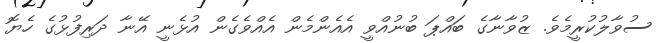
ސުވާލުކުރީމެވެ. ޒުވާނާގެ ބައްޕަ ބުނުއްވީ އެއެންމެން އެއްވެގެން އުޅެނީ އޭނާ ދަރިފުޅުގެ ހެޔޮ